Seli_vallavalitsus_Parnumaal, lk 23
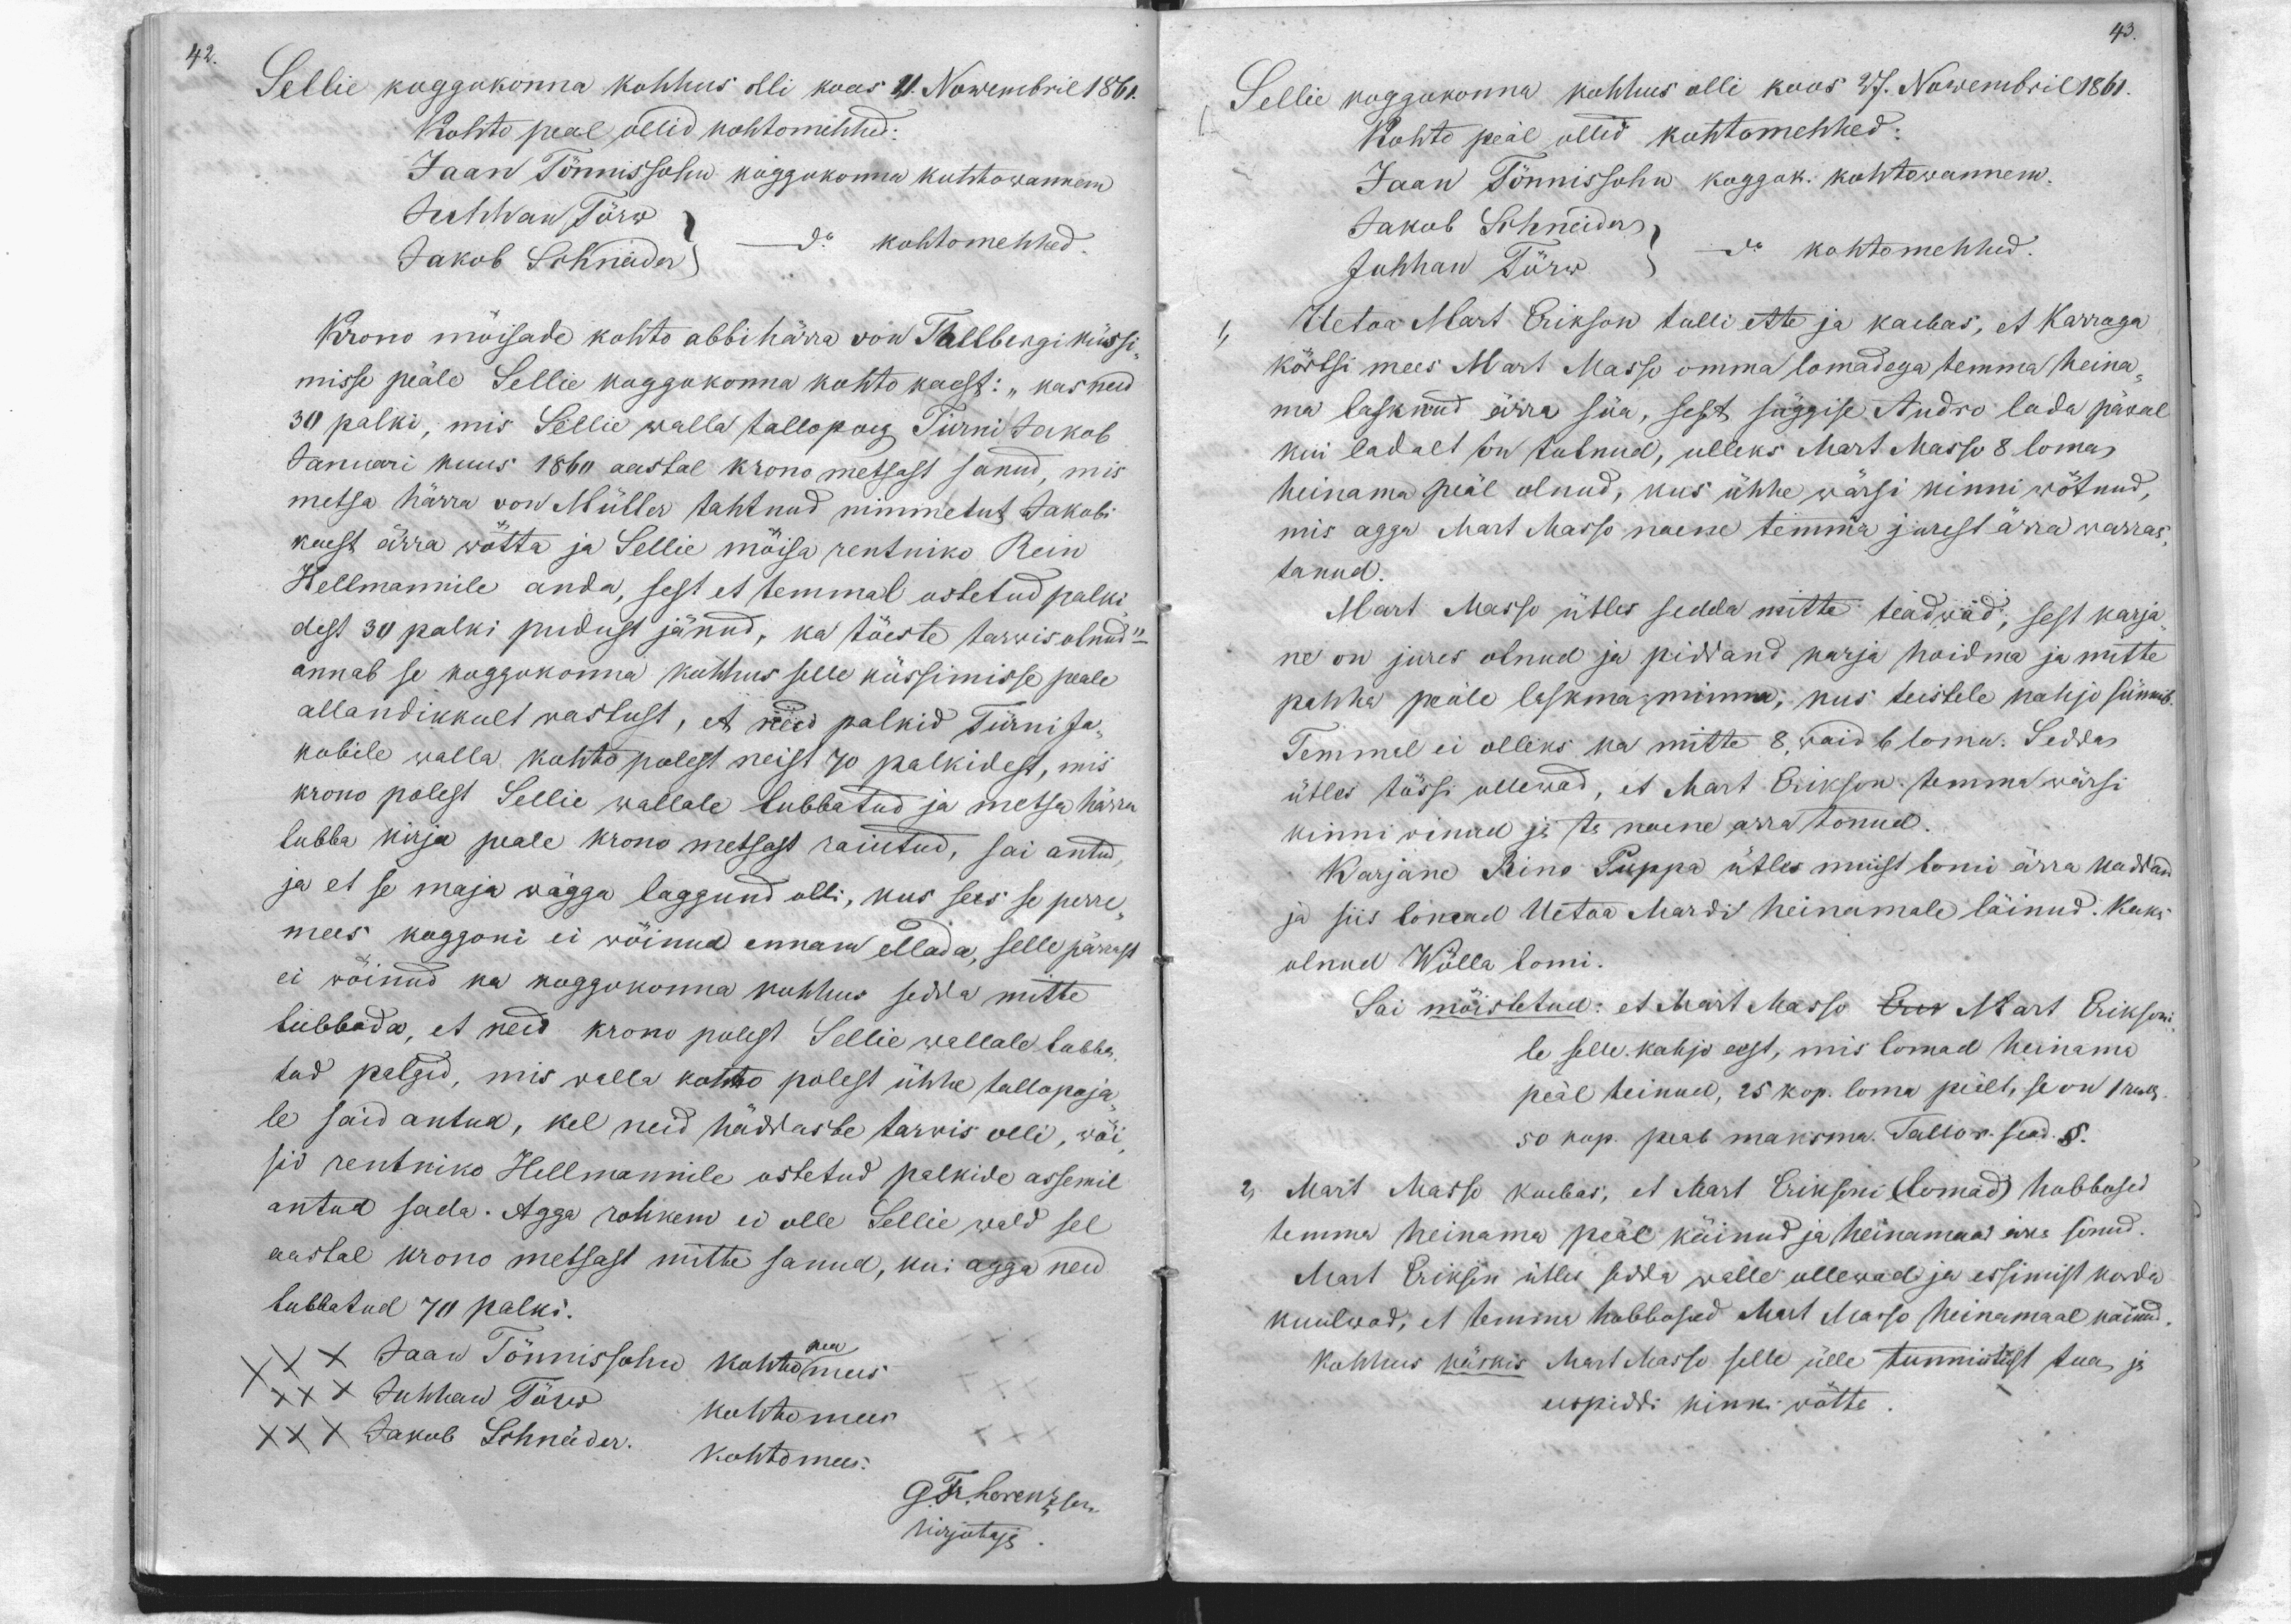
42.

Sellie koggokonna kohhus olli koos 11. Nowembril 1861.
Kohto peal ollid kohtomehhed:
Jaan Tönnissohn koggokonna kohtowannem
Juhhan Törw
Jakob Schneider
kohtomehhed
Krono möisade kohto abbihärra von Tallbergi küssi-
misse peäle Sellie koggokonna kohto kaest: "kas need
30 palki, mis Sellie walla tallopoeg Türni Jakob
Januari kuus 1860 aastal krono metsast sanud, mis
metsa härra von Müller tahtnud nimmetut Jakobi
käest ärra wötta ja Sellie möisa rentniko Rein
Hellmannile anda, sest et temmal ostetud palki
dest 30 palki pudust jänud, ka töeste tarwis olnud"
annab se koggukonna kohhus selle küssimisse peale
allandikkult wastust, et need palkid Türni Ja-
kobile walla kohto polest neist 70 palkidest, mis
krono polest Sellie wallale lubbatud ja metsa härra
lubba kirja peale krono metsast raiutud, sai antud,
ja et se maja wägga laggund olli, kus sees se perre-
mees koggoni ei wöinud ennam ellada, selle pärrast
ei wöinud ka koggokonna kohhus sedda mitte
lubbada, et neid krono polest Sellie wallale lubba-
tud palgid, mis walla kohto polest ühhe tallopoja-
le said antud, kel neid häddaste tarwis olli, wöi-
sid rentniko Hellmannile ostetud palkide assemil
antud sada. Agga rohkem ei olle Sellie wald sel
aastal krono metsast mitte sanud, kui agga neid
lubbatud 70 palki.
XXX Jaan Tönnissohn kohtopeamees
XXX Juhhan Törw
Kohtomees
XXX Jakob Schneider
Kohtomees
G. Fr. Lorenzson
kirjotaja

43.
Sellie koggokonna kohhus olli koos 27. Nowembril 1861.
Kohto peäl ollid kohtomehhed:
Jaan Tönnissohn koggok. kohtowannem.
Juhhan Törw - do kohtomehhed.
Jakob Schneider
Uetoa Mart Erikson tulli ette ja kaebas, et Karroga
körtsi mees Mart Masso omma lomadega temma heina-
ma lasknud ärra süa, sest süggise Andro lada päwal
kui ladalt on tulnud, ulleks Mart Masso 8 loma
heinama peäl olnud, kus ühhe wärsi kinni wötnud,
mis agga Mart Masso naene temma jurest ärra warras-
tanud.
Mart Masso ütles sedda mitte teadwad, sest karja-
ne on jures olnud ja piddand karja hoidma ja mitte
pahha peäle laskma minna, kus teistele kahjo sünnib.
Temmal ei olleks ka mitte 8 waid 6 loma. Sedda
ütles tössi ollewad, et Mart Erikson temma wärsi
kinni oinud ja ta naine arra tonud.
Karjane Rino Puppa ütles muist lomi ärra kaddand
ja siis lomad Uetoa Mardi heinamale läinud. Kaks
olnud Wölla lomi.
Sai möistetud: et Mart Masso Eri Mart Eriksoni
le selle kahjo eest, mis lomad heinama
peäl teinud, 25 kop. loma peält, se on 1 rub.
50 kop. peab maksma. Tallor. sead. §
2. Mart Masso kaebas, et Mart Eriksoni (lomad) hobbosed
temma heinama peäl käinud ja heinamaa ärra sönud.
Mart Erikson ütles sedda walle ollewad ja essimist korda
kuulwad, et temma hobbosed Mart Masso heinamaal käinud
kohhus käskis Mart Masso selle jälle tunnistust tua ja
eespiddi kinni wötte.